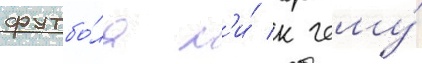
футбо́ла н'и́ к чему́